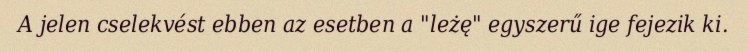
A jelen cselekvést ebben az esetben a "leżę" egyszerű ige fejezik ki.